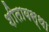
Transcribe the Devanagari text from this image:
शीतावस्था